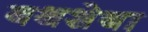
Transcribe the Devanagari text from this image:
बथशेबा